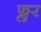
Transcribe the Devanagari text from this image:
फ्लर